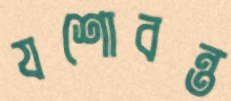
যশোবন্ত